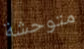
متوحشة